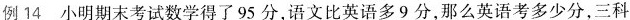
例14 小明期末考试数学得了95分，语文比英语多9分，那么英语考多少分，三科